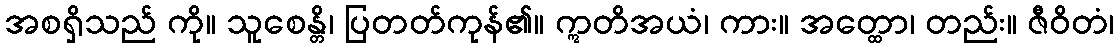
အစရှိသည် ကို။ သူစေန္တိ၊ ပြတတ်ကုန်၏။ ဣတိအယံ၊ ကား။ အတ္ထော၊ တည်း။ ဇီဝိတံ၊